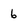
Character: 6